Annual report on the Civil Veterinary Department, Burma (including the Insein Veterinary School) - 1910-1922
Year: 1910
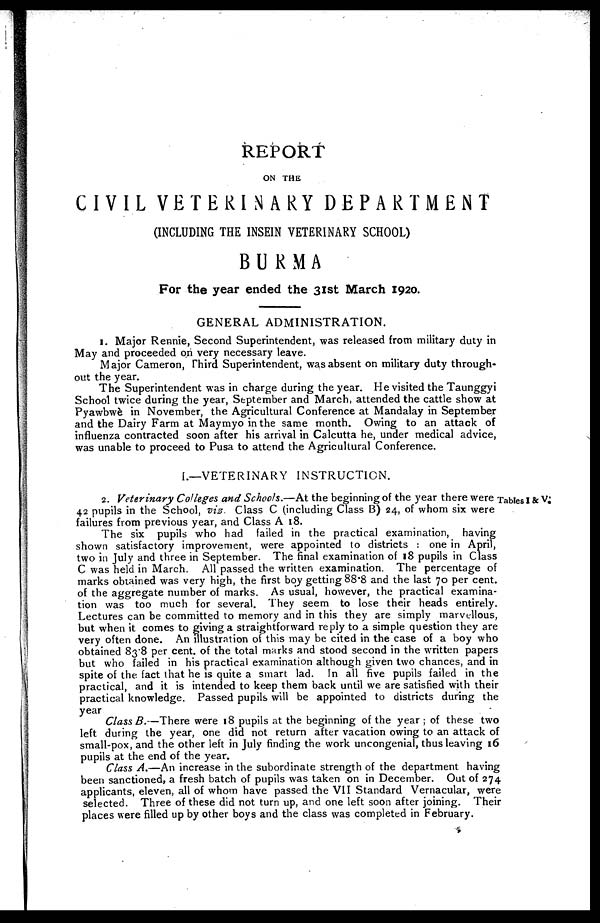
REPORT
ON THE
CIVIL VETERINARY DEPARTMENT
(INCLUDING THE INSEIN VETERINARY SCHOOL)
BURMA
For the year ended the 31st March 1920.
GENERAL ADMINISTRATION.
1. Major Rennie, Second Superintendent, was released from military duty in
May and proceeded on very necessary leave.
Major Cameron, Third Superintendent, was absent on military duty through-
out the year.
The Superintendent was in charge during the year. He visited the Taunggyi
School twice during the year, September and March, attended the cattle show at
Pyawbwè in November, the Agricultural Conference at Mandalay in September
and the Dairy Farm at Maymyo in the same month. Owing to an attack of
influenza contracted soon after his arrival in Calcutta he, under medical advice,
was unable to proceed to Pusa to attend the Agricultural Conference.
I.—VETERINARY INSTRUCTION.
Tables I & V.
2. Veterinary Colleges and Schools.—At the beginning of the year there were
42 pupils in the School, viz. Class C (including Class B) 24, of whom six were
failures from previous year, and Class A 18.
The six pupils who had failed in the practical examination, having
shown satisfactory improvement, were appointed to districts : one in April,
two in July and three in September. The final examination of 18 pupils in Class
C was held in March. All passed the written examination. The percentage of
marks obtained was very high, the first boy getting 88.8 and the last 70 per cent.
of the aggregate number of marks. As usual, however, the practical examina-
tion was too much for several. They seem to lose their heads entirely.
Lectures can be committed to memory and in this they are simply marvellous,
but when it comes to giving a straightforward reply to a simple question they are
very often done. An illustration of this may be cited in the case of a boy who
obtained 838 per cent. of the total marks and stood second in the written papers
but who failed in his practical examination although given two chances, and in
spite of the fact that he is quite a smart lad. In all five pupils failed in the
practical, and it is intended to keep them back until we are satisfied with their
practical knowledge. Passed pupils will be appointed to districts during the
year
Class B.—There were 18 pupils at the beginning of the year ; of these two
left during the year, one did not return after vacation owing to an attack of
small-pox, and the other left in July finding the work uncongenial, thus leaving 16
pupils at the end of the year.
Class A,—An increase in the subordinate strength of the department having
been sanctioned, a fresh batch of pupils was taken on in December. Out of 274
applicants, eleven, all of whom have passed the VII Standard Vernacular, were
selected. Three of these did not turn up, and one left soon after joining. Their
places were filled up by other boys and the class was completed in February.